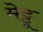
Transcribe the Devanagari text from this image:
मेट्टू